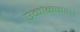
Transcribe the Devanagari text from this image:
एकांककश्च